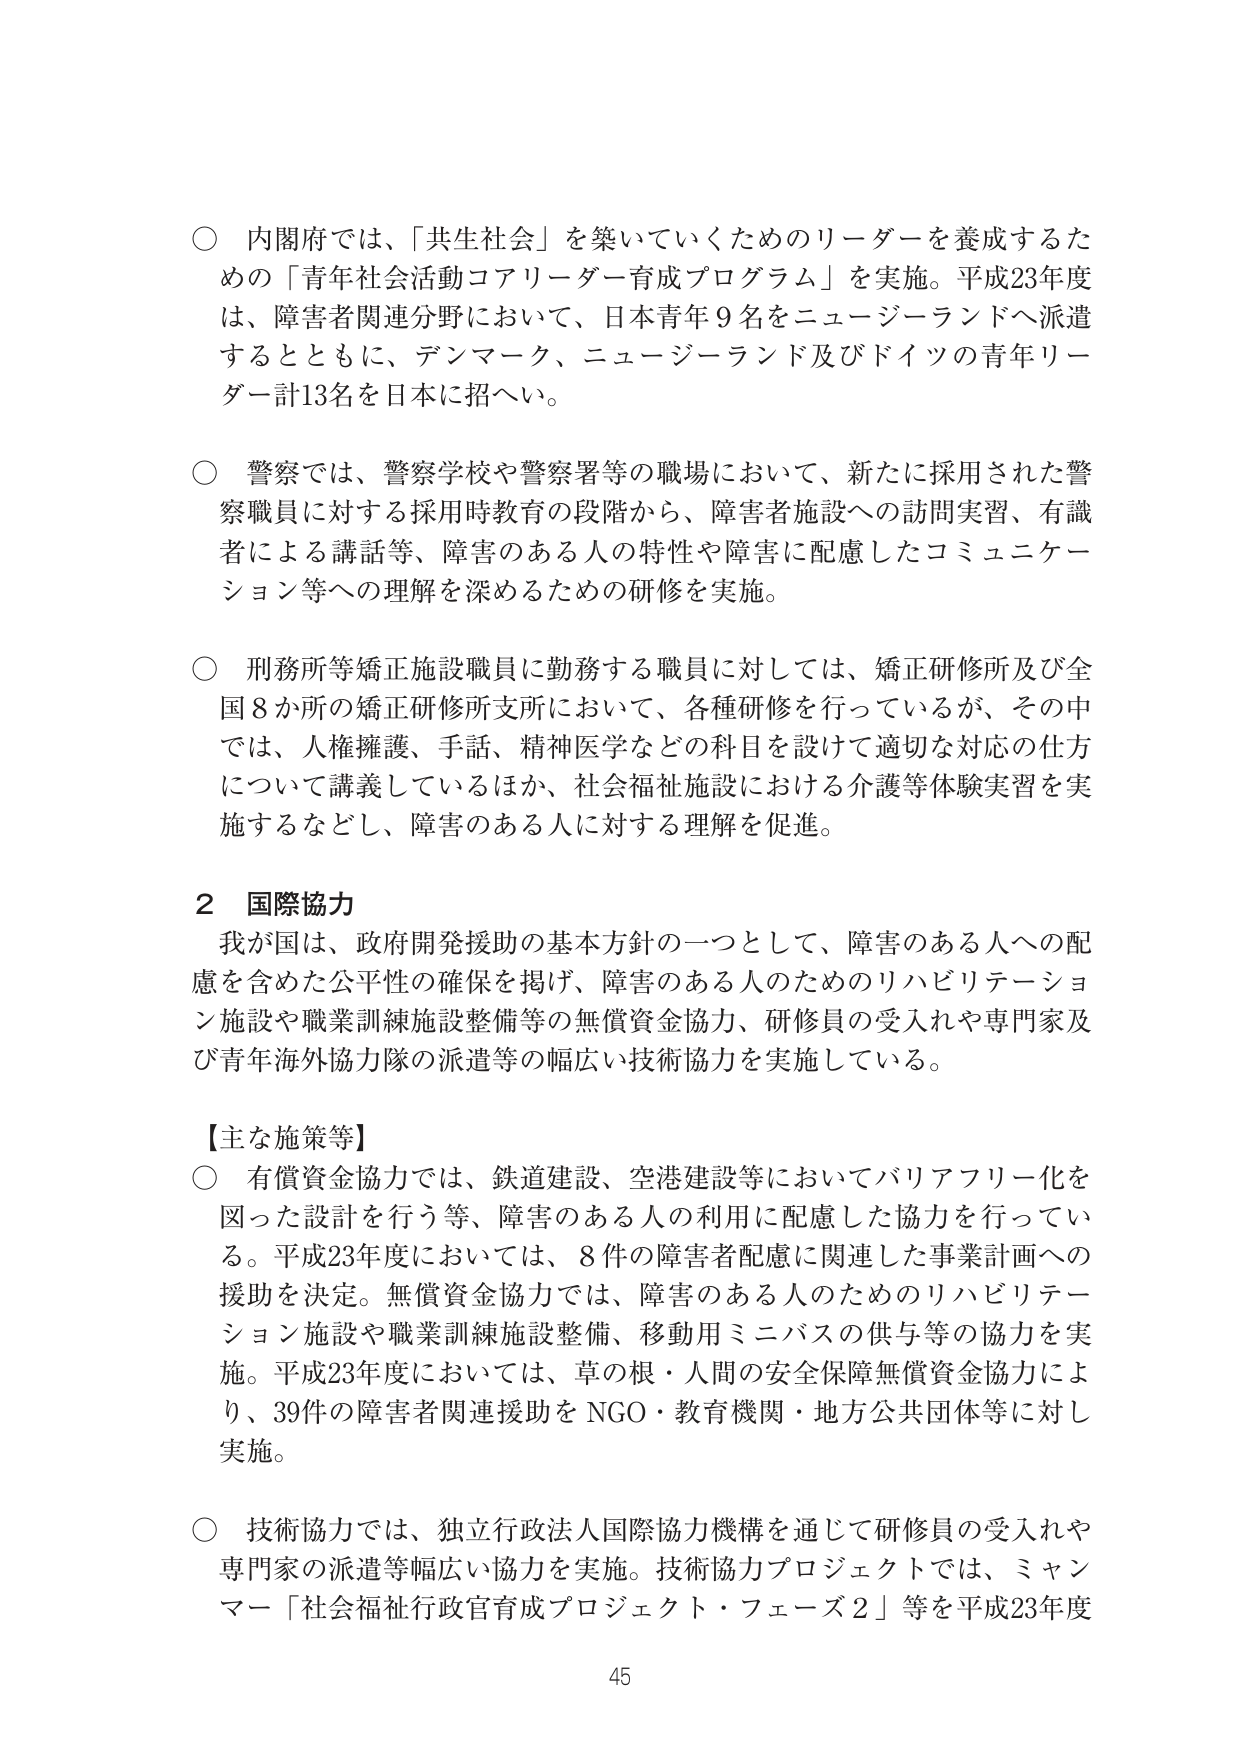
○ 内閣府では、「共生社会」を築いていくためのリーダーを養成するための「青年社会活動コアリーダー育成プログラム」を実施。平成23年度は、障害者関連分野において、日本青年9名をニュージーランドへ派遣するとともに、デンマーク、ニュージーランド及びドイツの青年リーダー計13名を日本に招へい。

○ 警察では、警察学校や警察署等の職場において、新たに採用された警察職員に対する採用時教育の段階から、障害者施設への訪問実習、有識者による講話等、障害のある人の特性や障害に配慮したコミュニケーション等への理解を深めるための研修を実施。

○ 刑務所等矯正施設職員に勤務する職員に対しては、矯正研修所及び全国8か所の矯正研修所支所において、各種研修を行っているが、その中では、人権擁護、手話、精神医学などの科目を設けて適切な対応の仕方について講義しているほか、社会福祉施設における介護等体験実習を実施するなどし、障害のある人に対する理解を促進。

2 国際協力
我が国は、政府開発援助の基本方針の一つとして、障害のある人への配慮を含めた公平性の確保を掲げ、障害のある人のためのリハビリテーション施設や職業訓練施設整備等の無償資金協力、研修員の受入れや専門家及び青年海外協力隊の派遣等の幅広い技術協力を実施している。

【主な施策等】
○ 有償資金協力では、鉄道建設、空港建設等においてバリアフリー化を図った設計を行う等、障害のある人の利用に配慮した協力を行っている。平成23年度においては、8件の障害者配慮に関連した事業計画への援助を決定。無償資金協力では、障害のある人のためのリハビリテーション施設や職業訓練施設整備、移動用ミニバスの供与等の協力を実施。平成23年度においては、草の根・人間の安全保障無償資金協力により、39件の障害者関連援助をNGO・教育機関・地方公共団体等に対し実施。

○ 技術協力では、独立行政法人国際協力機構を通じて研修員の受入れや専門家の派遣等幅広い協力を実施。技術協力プロジェクトでは、ミャンマー「社会福祉行政官育成プロジェクト・フェーズ2」等を平成23年度

45